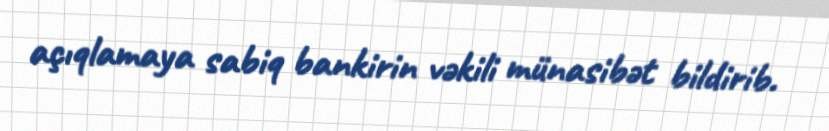
açıqlamaya sabiq bankirin vəkili münasibət bildirib.